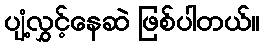
ပျံ့လွှင့်နေဆဲ ဖြစ်ပါတယ်။